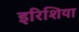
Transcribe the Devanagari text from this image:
इरिशिया